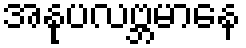
အနုပလဗ္ဘမာနေ